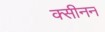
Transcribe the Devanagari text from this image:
क्सीनन